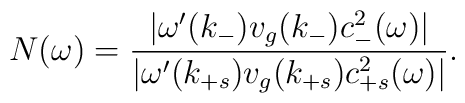
N(\omega)=\frac{|\omega'(k_{-})v_g(k_{-})c_{-}^2(\omega)|}{|\omega'(k_{+s})v_g(k_{+s})c_{+s}^2(\omega)|}.